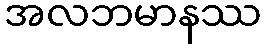
အလဘမာနဿ